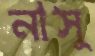
নাসু